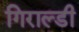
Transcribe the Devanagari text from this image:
गिराल्डी